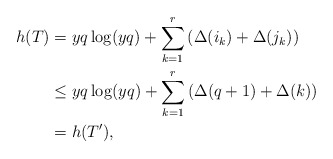
\begin{align*} h(T)&=yq \log(yq) + \sum_{k=1}^{r} \left( \Delta(i_k) + \Delta(j_k) \right)\\ &\le yq \log(yq) + \sum_{k=1}^{r} \left( \Delta(q+1)+\Delta(k) \right)\\ &= h(T'), \end{align*}